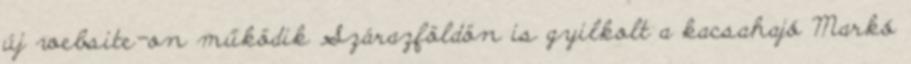
új website-on működik Szárazföldön is gyilkolt a kacsahajó Markó